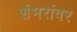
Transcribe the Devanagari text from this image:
शंभरांवर